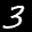
Label: 3